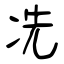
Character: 冼